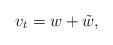
LaTeX: \begin{align*}v_t = w + \tilde{w},\end{align*}